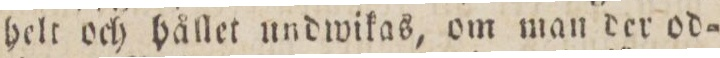
helt och hållet undwikas, om man der od=